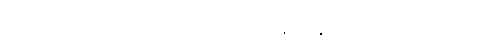
သူတို့သည် မကောင်းဆိုးရွားများကို သူတို့ပညာဖြင့် နှိမ်နင်းနိုင်သည်ဟု ဆိုသည်း သူတို့သည်